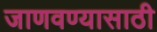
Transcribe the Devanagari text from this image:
जाणवण्यासाठी